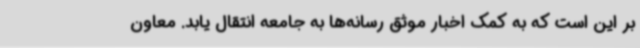
بر این است که به کمک اخبار موثق رسانه‌ها به جامعه انتقال یابد. معاون